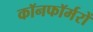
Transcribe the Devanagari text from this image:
कॉनफॉर्मरों